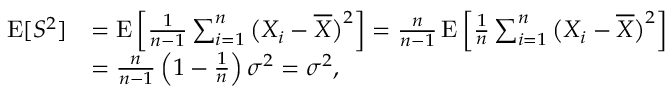
{ \begin{array} { r l } { \operatorname { E } [ S ^ { 2 } ] } & { = \operatorname { E } \left[ { \frac { 1 } { n - 1 } } \sum _ { i = 1 } ^ { n } { \big ( } X _ { i } - { \overline { { X } } } { \big ) } ^ { 2 } \right] = { \frac { n } { n - 1 } } \operatorname { E } \left[ { \frac { 1 } { n } } \sum _ { i = 1 } ^ { n } { \big ( } X _ { i } - { \overline { { X } } } { \big ) } ^ { 2 } \right] } \\ & { = { \frac { n } { n - 1 } } \left( 1 - { \frac { 1 } { n } } \right) \sigma ^ { 2 } = \sigma ^ { 2 } , } \end{array} }